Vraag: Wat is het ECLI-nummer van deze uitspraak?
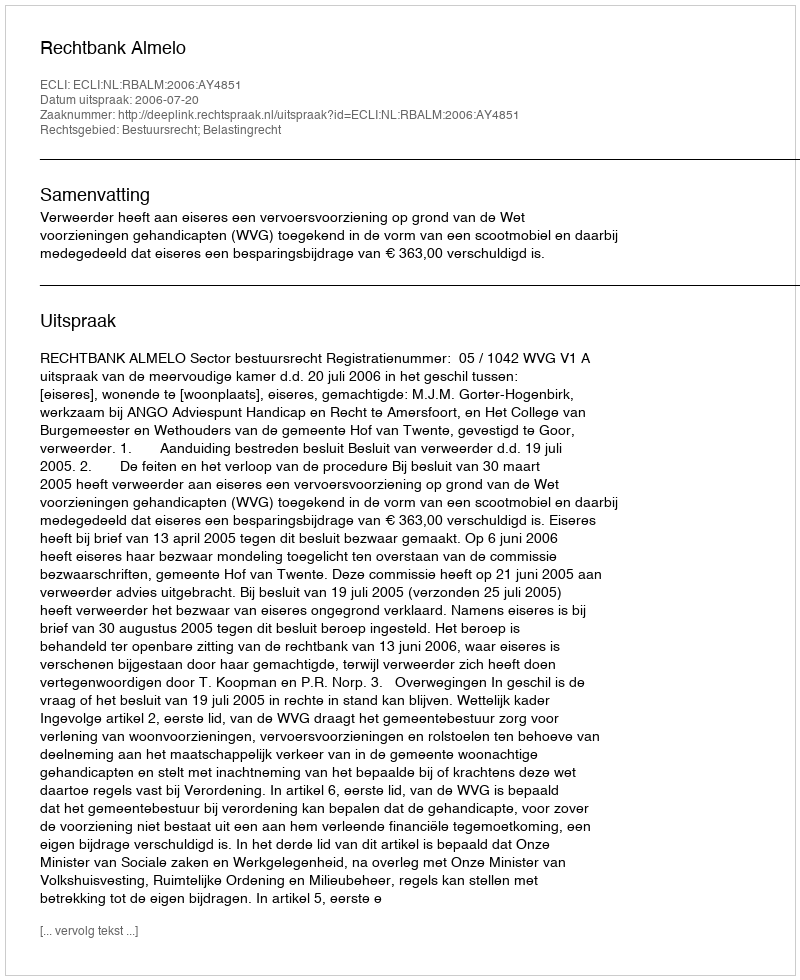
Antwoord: ECLI:NL:RBALM:2006:AY4851